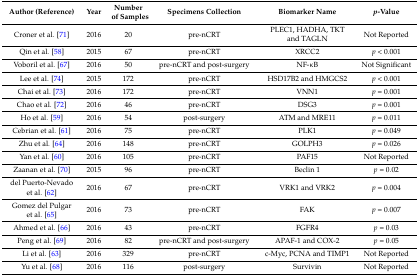
| Author (Reference) | Year | Number of Samples | Specimens Collection | Biomarker Name | p-Value |
 | --- | --- | --- | --- | --- | --- |
 | Croner et al. [71] | 2016 | 20 | pre-nCRT | PLEC1, HADHA, TKT and TAGLN | Not Reported |
 | Qin et al. [58] | 2015 | 67 | pre-nCRT | XRCC2 | p < 0.001 |
 | Voboril et al. [67] | 2016 | 50 | pre-nCRT and post-surgery | NF-κB | Not Significant |
 | Lee et al. [74] | 2015 | 172 | pre-nCRT | HSD17B2 and HMGCS2 | p < 0.001 |
 | Chai et al. [73] | 2016 | 172 | pre-nCRT | VNN1 | p = 0.001 |
 | Chao et al. [72] | 2016 | 46 | pre-nCRT | DSG3 | p = 0.001 |
 | Ho et al. [59] | 2016 | 54 | post-surgery | ATM and MRE11 | p = 0.011 |
 | Cebrian et al. [61] | 2016 | 75 | pre-nCRT | PLK1 | p = 0.049 |
 | Zhu et al. [64] | 2016 | 148 | pre-nCRT | GOLPH3 | p = 0.026 |
 | Yan et al. [60] | 2016 | 105 | pre-nCRT | PAF15 | Not Reported |
 | Zaanan et al. [70] | 2015 | 96 | pre-nCRT | Beclin 1 | p = 0.02 |
 | del Puerto-Nevado et al. [62] | 2016 | 67 | pre-nCRT | VRK1 and VRK2 | p = 0.004 |
 | Gomez del Pulgar et al. [65] | 2016 | 73 | pre-nCRT | FAK | p = 0.007 |
 | Ahmed et al. [66] | 2016 | 43 | pre-nCRT | FGFR4 | p = 0.03 |
 | Peng et al. [69] | 2016 | 82 | pre-nCRT and post-surgery | APAF-1 and COX-2 | p = 0.05 |
 | Li et al. [63] | 2016 | 329 | pre-nCRT | c-Myc, PCNA and TIMP1 | Not Reported |
 | Yu et al. [68] | 2016 | 116 | post-surgery | Survivin | Not Reported |